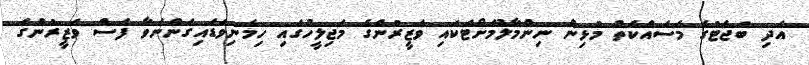
އަދި ބަޖެޓުގެ މަސައްކަތް މުޅިން ނިންމާލުމަށްޓަކައި ވަޒީރުންގެ މަޖިލީހުގައި ހިމެނިވަޑައިގަންނަވާ ފަސް ވަޒީރުންގެ